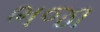
ભજા